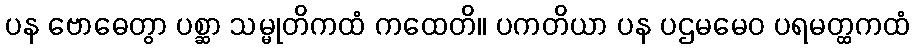
ပန ဗောဓေတွာ ပစ္ဆာ သမ္မုတိကထံ ကထေတိ။ ပကတိယာ ပန ပဌမမေဝ ပရမတ္ထကထံ